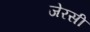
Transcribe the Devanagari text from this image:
जेरसी